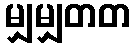
မျှမျှတတ